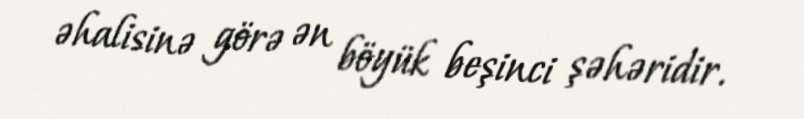
əhalisinə görə ən böyük beşinci şəhəridir.